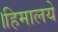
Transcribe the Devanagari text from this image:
।हिमालये